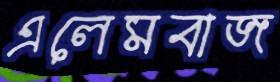
এলেমবাজ